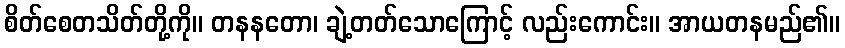
စိတ်စေတသိတ်တို့ကို။ တနနတော၊ ချဲ့တတ်သောကြောင့် လည်းကောင်း။ အာယတနမည်၏။